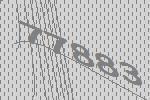
77883